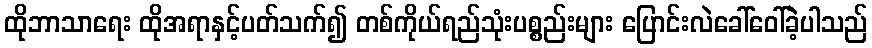
ထိုဘာသာရေး ထိုအရာနှင့်ပတ်သက်၍ တစ်ကိုယ်ရည်သုံးပစ္စည်းများ ပြောင်းလဲခေါ်ဝေါ်ခဲ့ပါသည်